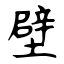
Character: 壁